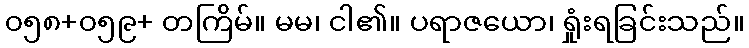
၀၅၈+၀၅၉+ တကြိမ်။ မမ၊ ငါ၏။ ပရာဇယော၊ ရှုံးရခြင်းသည်။